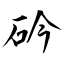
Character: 砛